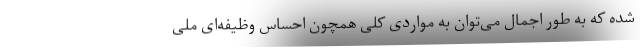
شده که به طور اجمال می‌توان به مواردی کلی همچون احساس وظیفه‌ای ملی